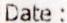
DATE :